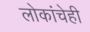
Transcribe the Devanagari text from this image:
लोकांचेही